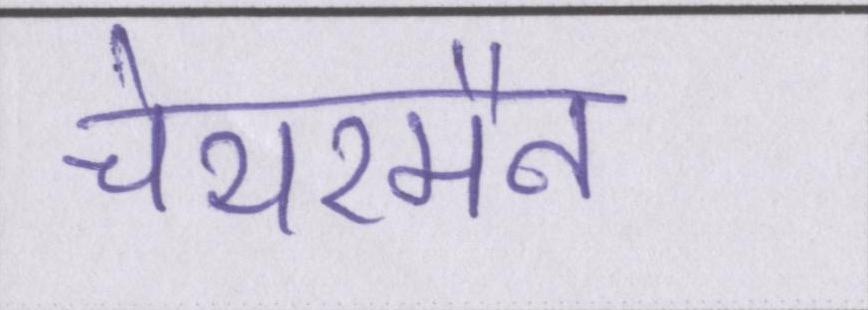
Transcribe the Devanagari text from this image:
चेयरमैन